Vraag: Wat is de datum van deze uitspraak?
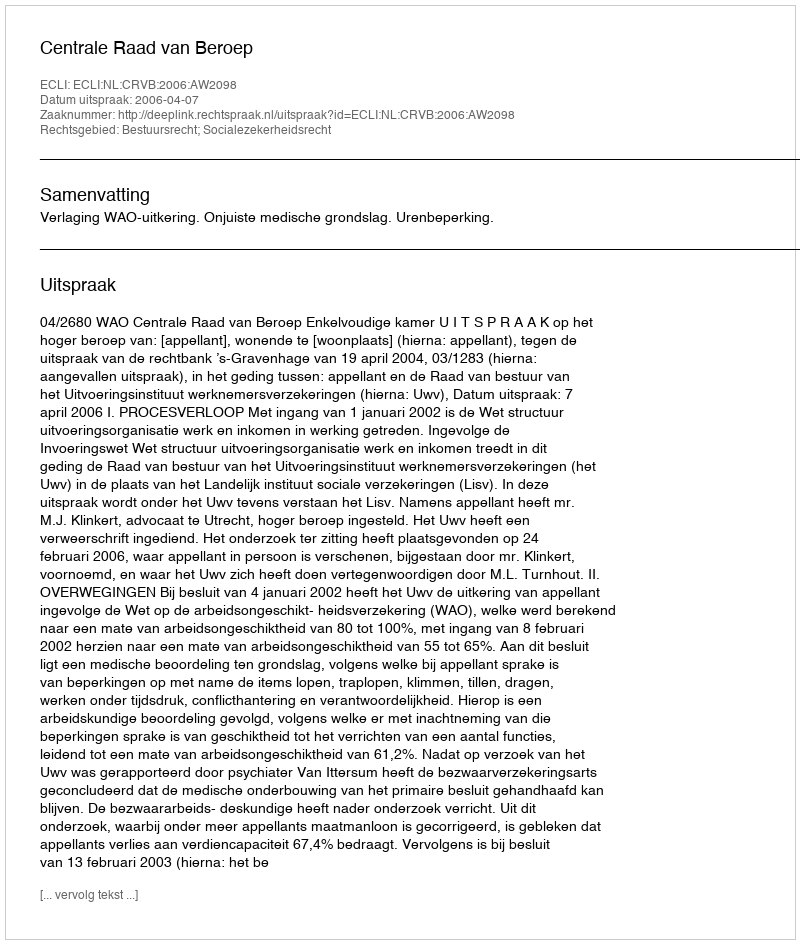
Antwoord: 2006-04-07